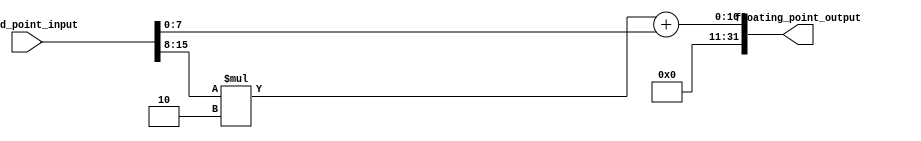
module fixed_point_converter (
    input wire signed [15:0] fixed_point_input,
    output reg [31:0] floating_point_output
);

reg signed [15:0] integer_part;
reg signed [15:0] fractional_part;
reg signed [31:0] multiplied_result;

always @(*) begin
    // Extract integer and fractional parts
    integer_part = fixed_point_input[15:8]; // Assuming 8 integer bits and 8 fractional bits
    fractional_part = fixed_point_input[7:0];

    // Perform necessary arithmetic operations (e.g. multiplication)
    multiplied_result = integer_part * 2 + fractional_part; // Example operation, may vary based on requirements

    // Overflow and rounding logic here if needed
    // Add additional logic here for other arithmetic operations like addition, subtraction, shifting, etc.

    // Convert result to floating-point representation
    floating_point_output = multiplied_result;
end

endmodule